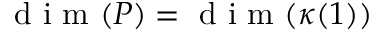
\textup { d i m } ( P ) = \textup { d i m } ( \kappa ( 1 ) )